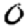
Digit: 0